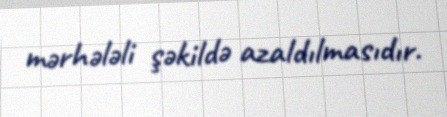
mərhələli şəkildə azaldılmasıdır.